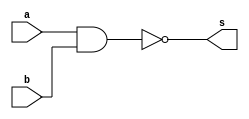
//Nome: Rafael Amauri Diniz Augusto
//Matrcula: 651047

module nandModule(input a,input b,output s);
	nand nandA(s,a,b);
endmodule //nandModule

module norModule(input a,input b,output s);
	nor norA(s,a,b);
endmodule //norModule

module orComNand(input a,input b,output s);
	wire not_a;
	wire not_b;
	nandModule moduloNotA1(a,a,not_a);
	nandModule moduloNotA2(b,b,not_b);
	nandModule moduloNand(not_a,not_b,s);
endmodule //orComNand

module andComNand(input a,input b,output s);
	wire nandA;
	nandModule moduloNand(a,b,nandA);
	nandModule moduloNot(nandA,nandA,s);
endmodule //andComNand

module orComNor(input a,input b, output s);
	wire norA;
	norModule moduleNor(a,b,norA);
	norModule moduleNot(norA,norA,s);
endmodule //orComNor	

module andComNor(input a,input b,output s);
	wire not_a;
	wire not_b;
	norModule moduleNot1(a,a,not_a);
	norModule moduleNot2(b,b,not_b);
	norModule moduleResposta(not_a,not_b,s);
endmodule //andComNor

module notComNand(input a,output s);
	nandModule moduleNot(a,a,s);
endmodule //notComNand

module notComNor(input a,output s);
	norModule moduleNot(a,a,s);
endmodule //notComNor

module xorComNand(input a,input b,output s);
	wire notA,notB,andA,andB;
	notComNand not_A1(a,notA);
	notComNand not_A2(b,notB);
	andComNand and_A1(notA,b,andA);
	andComNand and_A2(a,notB,andB);
	orComNand orSolution(andA,andB,s);
endmodule //xorComNand

module xnorComNor(input a,input b,output s);
	wire notA,notB,andA,andB,orA;
	notComNor notA1(a,notA);
	notComNor notA2(b,notB);
	andComNor andA1(notA,b,andA);
	andComNor andA2(a,notB,andB);
	orComNor orA1(andA,andB,orA);
	notComNor notSolution(orA,s);
endmodule //xnorComNor

module testeOrComNand;
//=========================================================================================================================================
//Definio de dados:
	reg x;
	reg y;
	wire orNand;
	
	orComNand module1(x,y,orNand);

//Fim da definio de dados.
//=========================================================================================================================================

initial
begin : teste_0505
   $display("Exemplo_0505 - x,y,z");
   $display("Teste de modulo");
   $display("x y a");
   $monitor("%b %b %b",x,y,orNand);
   x = 1'b0; y = 1'b0;
#1 x = 1'b0; y = 1'b1;
#1 x = 1'b1; y = 1'b0;
#1 x = 1'b1; y = 1'b1;
end
endmodule